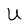
Character: U